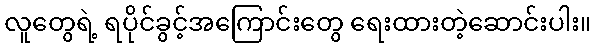
လူတွေရဲ့ ရပိုင်ခွင့်အကြောင်းတွေ ရေးထားတဲ့ဆောင်းပါး။